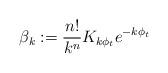
LaTeX: \begin{align*}\beta_{k}:=\frac{n!}{k^{n}}K_{k\phi_{t}}e^{-k\phi_{t}}\end{align*}